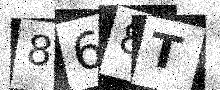
Text: 868T